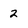
Character: 2